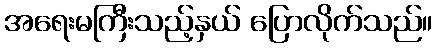
အရေးမကြီးသည့်နှယ် ပြောလိုက်သည်။